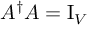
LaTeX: A ^ { \dagger } A = \operatorname { I } _ { V }